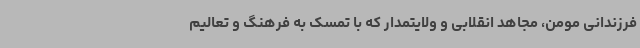
فرزندانی مومن، مجاهد انقلابی و ولایتمدار که با تمسک به فرهنگ و تعالیم